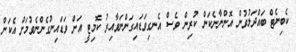
ކެބިނެޓް ބައްދަލުވުން އޮންނާނެކަން ކުރިން ވެސް އެނގިވަޑައިގަންނަވާއިރު ކޮމިޓީ އަށް ވަޑައިނުގެންނެވުމަށް އެކަން